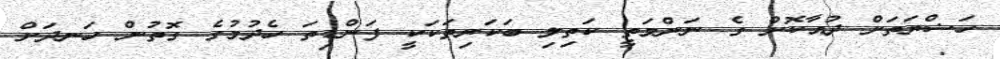
ހަޟްރަތަށް ދުއާކޮށް ގެ ނަންމަތީ ކަތިލި ބަކަރިތަކަކީ ފަންޑިތަ ހެދުމުގެ ގޮތުން ހަނދަށް